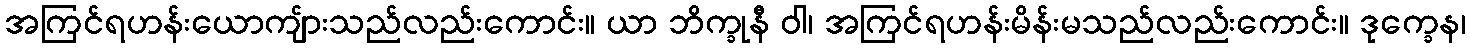
အကြင်ရဟန်းယောကျ်ားသည်လည်းကောင်း။ ယာ ဘိက္ခုနီ ဝါ၊ အကြင်ရဟန်းမိန်းမသည်လည်းကောင်း။ ဒုက္ခေန၊